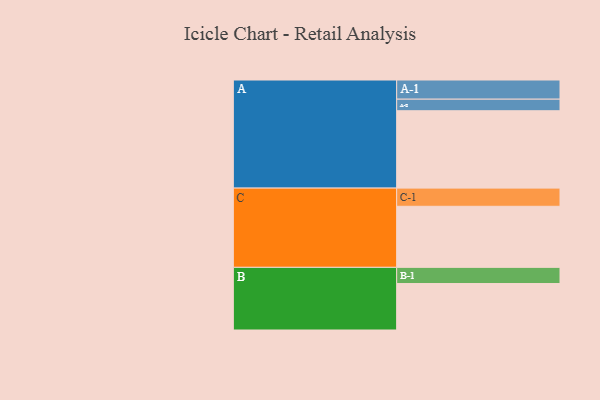
{"axis": {"x": "Segment", "y": "Value"}, "legend": ["", "A", "B", "C"], "data": [{"x": "A", "y": 541, "type": ""}, {"x": "B", "y": 325, "type": ""}, {"x": "C", "y": 427, "type": ""}, {"x": "A-1", "y": 134, "type": "A"}, {"x": "A-2", "y": 81, "type": "A"}, {"x": "B-1", "y": 113, "type": "B"}, {"x": "C-1", "y": 127, "type": "C"}]}